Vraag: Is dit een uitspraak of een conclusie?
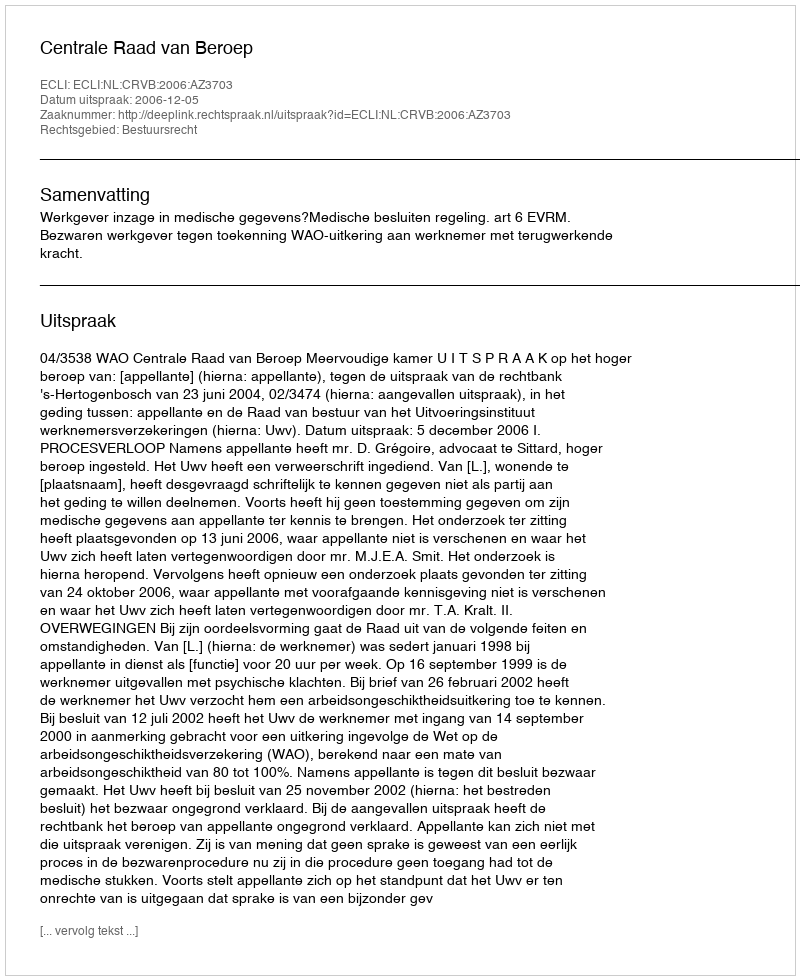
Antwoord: Uitspraak